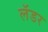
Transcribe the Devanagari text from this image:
लॅडर